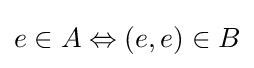
e\in A\Leftrightarrow (e,e)\in B